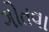
ગોતવા